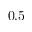
0 . 5